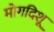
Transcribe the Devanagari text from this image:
मोगदिशू